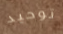
توحيد